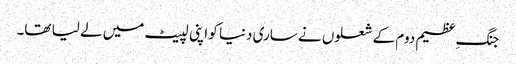
جنگِ عظیم دوم کے شعلوں نے ساری دنیا کو اپنی لپیٹ میں لے لیا تھا۔